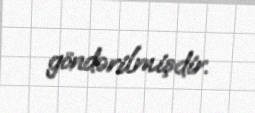
göndərilmişdir.